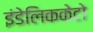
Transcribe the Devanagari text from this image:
इंडेलिककेटो